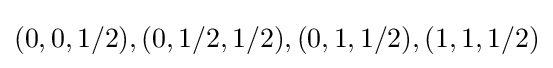
(0,0,1/2),(0,1/2,1/2),(0,1,1/2),(1,1,1/2)